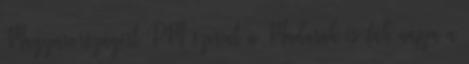
Magyarországért PM szerint a Madarak és fák napja a